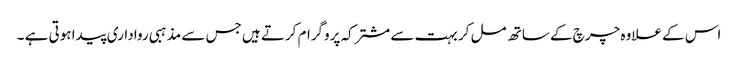
اس کے علاوہ چرچ کے ساتھ مل کر بہت سے مشترکہ پروگرام کرتے ہیں جس سے مذہبی رواداری پیدا ہوتی ہے ۔